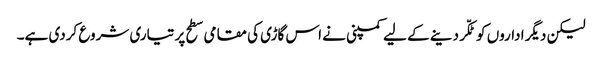
لیکن دیگر اداروں کو ٹکّر دینے کے لیے کمپنی نے اس گاڑی کی مقامی سطح پر تیاری شروع کردی ہے۔